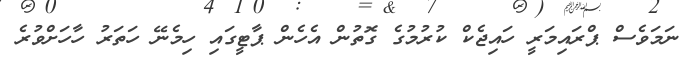
ނަމަވެސް ޕްރައިމަރީ ހައިޖެކް ކުރުމުގެ ގޮތުން އެހެން ޕާޓީގައި ހިމެނޭ ހަތަރު ހާހަށްވުރެ